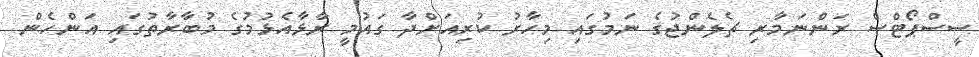
ސީސްޕޯޓްސް ރަންނަމާރި ޗެލެންޖުގެ ނަމުގައި މިހާރު ކުރިއަށްދާ ގައުމީ ރާޅާއެޅުމުގެ މުބާރާތުގައި އަންހެން